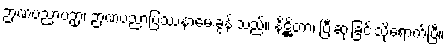
ဉာဏပညာပဉှာ၊ ဉာဏပညာပြဿနာမေးခွန်းသည်။ နိဋ္ဌိတာ၊ ပြီးဆုံးခြင်းသို့ရောက်ပြီ။